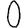
Digit: 0